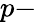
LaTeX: p-